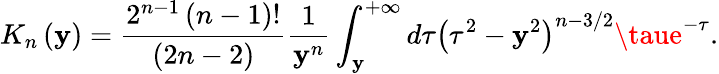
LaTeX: K_{n}\left(\mathbf{y}\right)=\frac{{2^{n-1}\left(n-1\right)!}}{{\left(2n-2\right)}}\frac{{1}}{{\mathbf{y}^{n}}}\int_{\mathbf{y}}^{+\infty}d\tau\left(\tau^{2}-\mathbf{y}^{2}\right)^{n-3/2}\taue^{-\tau}.